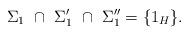
LaTeX: \begin{align*}\Sigma_1 ~ \cap ~ \Sigma_1' ~ \cap ~ \Sigma_1'' = \lbrace 1_{H} \rbrace.\end{align*}